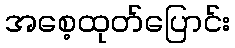
အစေ့ထုတ်ပြောင်း